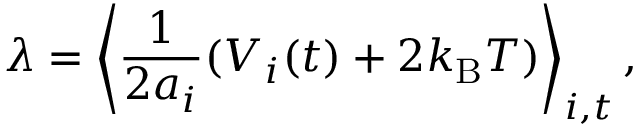
\lambda = \left\langle \frac { 1 } { 2 a _ { i } } ( V _ { i } ( t ) + 2 k _ { \mathrm { B } } T ) \right\rangle _ { i , t } ,